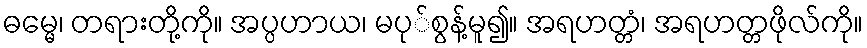
ဓမ္မေ၊ တရားတို့ကို။ အပ္ပဟာယ၊ မပု်စွန့်မူ၍။ အရဟတ္တံ၊ အရဟတ္တဖိုလ်ကို။